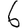
Digit: 6